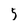
Character: 5